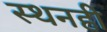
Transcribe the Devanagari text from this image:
स्थनही